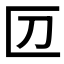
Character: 𠥭